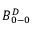
B _ { 0 - 0 } ^ { D }